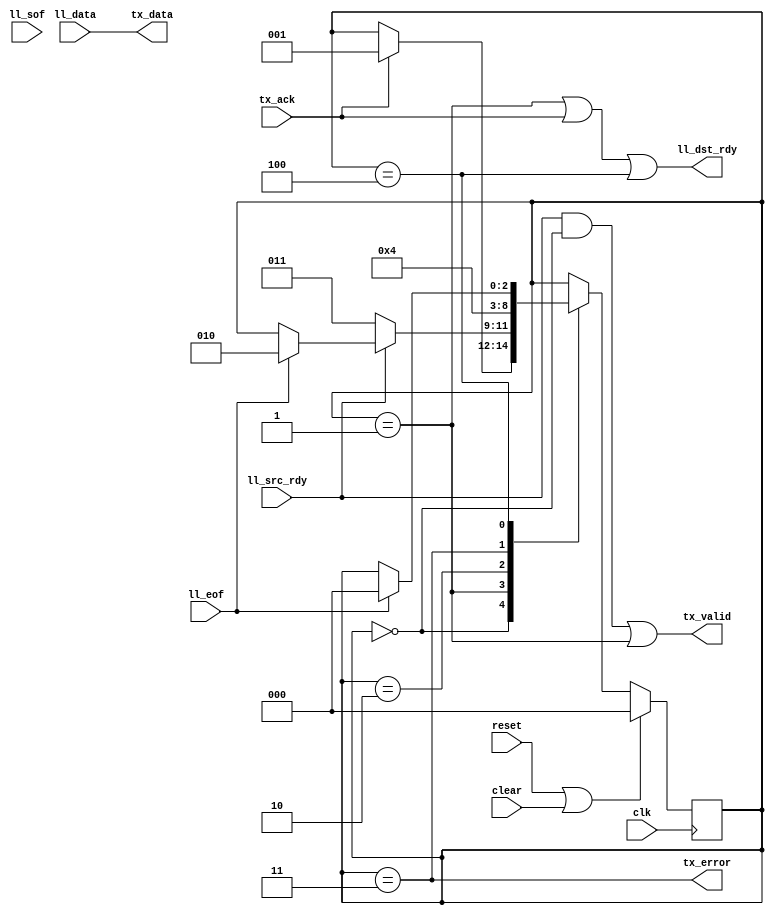
module ll8_to_txmac
  (input clk, input reset, input clear,
   input [7:0] ll_data, input ll_sof, input ll_eof, input ll_src_rdy, output ll_dst_rdy,
   output [7:0] tx_data, output tx_valid, output tx_error, input tx_ack );

   reg [2:0] xfer_state;

   localparam XFER_IDLE      = 0;
   localparam XFER_ACTIVE    = 1;
   localparam XFER_WAIT1     = 2;
   localparam XFER_UNDERRUN  = 3;
   localparam XFER_DROP      = 4;
   
   always @(posedge clk)
     if(reset | clear)
       xfer_state 	    <= XFER_IDLE;
     else
       case(xfer_state)
	 XFER_IDLE :
	   if(tx_ack)
	     xfer_state <= XFER_ACTIVE;
	 XFER_ACTIVE :
	   if(~ll_src_rdy)
	     xfer_state <= XFER_UNDERRUN;
	   else if(ll_eof)
	     xfer_state <= XFER_WAIT1;
	 XFER_WAIT1 :
	   xfer_state <= XFER_IDLE;
	 XFER_UNDERRUN :
	   xfer_state <= XFER_DROP;
	 XFER_DROP :
	   if(ll_eof)
	     xfer_state <= XFER_IDLE;
       endcase // case (xfer_state)

   assign ll_dst_rdy 	 = (xfer_state == XFER_ACTIVE) | tx_ack | (xfer_state == XFER_DROP);
   assign tx_valid 	 = (ll_src_rdy & (xfer_state == XFER_IDLE))|(xfer_state == XFER_ACTIVE);
   assign tx_data 	 = ll_data;
   assign tx_error 	 = (xfer_state == XFER_UNDERRUN);
   
endmodule